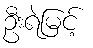
ဦးရဲမြင့်